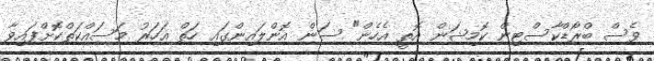
ވެސް ބްރޯޑްކާސްޓިން ކޮމިޝަން އޮތީ އެހެން" ސަން އޮންލައިންގައި ހަތް އަހަރު މަސައްކަތްކޮށްފައިވާ